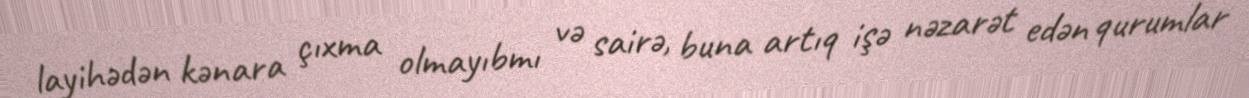
layihədən kənara çıxma olmayıbmı və sairə, buna artıq işə nəzarət edən qurumlar